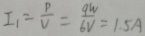
I _ { 1 } = \frac { p } { V } = \frac { q W } { 6 V } = 1 \cdot 5 A